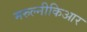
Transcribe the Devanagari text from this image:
मरुल्नीकिआर